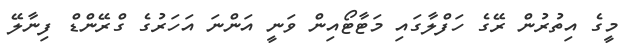
މީގެ އިތުރުން ރޭގެ ހަފްލާގައި މަޓާޓޯއިން ވަނީ އަންނަ އަހަރުގެ ގްރޭންޑް ފިނާލޭ